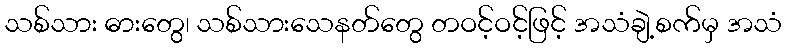
သစ်သား ဓားတွေ၊ သစ်သားသေနတ်တွေ တဝင့်ဝင့်ဖြင့် အသံချဲ့စက်မှ အသံ